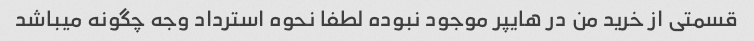
قسمتی از خرید من در هایپر موجود نبوده لطفا نحوه استرداد وجه چگونه میباشد